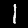
Label: 1